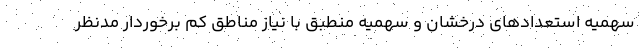
سهمیه استعدادهای درخشان و سهمیه منطبق با نیاز مناطق کم برخوردار مدنظر